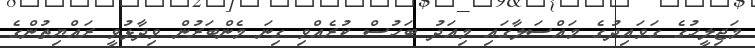
މަޖިލީހުގެ ގަވައިދުގެ މައްސަލާގައި މިއަދު ބަހުސް ކުރެއްވި ގިނަ މެންބަރުން ވިދާޅުވީ ރައްޔިތުންގެ